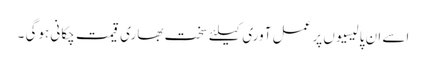
اسے ان پالیسیوں پر عمل آوری کیلئے سخت بھاری قیمت چکانی ہوگی ۔